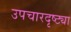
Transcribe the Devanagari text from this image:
उपचारदृष्ट्या